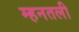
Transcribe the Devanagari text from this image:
म्हनतली